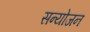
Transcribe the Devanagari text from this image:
सन्योजन